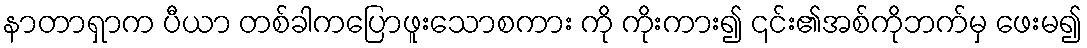
နာတာရှာက ပီယာ တစ်ခါကပြောဖူးသောစကား ကို ကိုးကား၍ ၎င်း၏အစ်ကိုဘက်မှ ဖေးမ၍